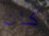
كان